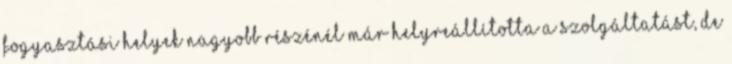
fogyasztási helyek nagyobb részénél már helyreállította a szolgáltatást, de